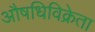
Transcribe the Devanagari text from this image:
औषधिविक्रेता